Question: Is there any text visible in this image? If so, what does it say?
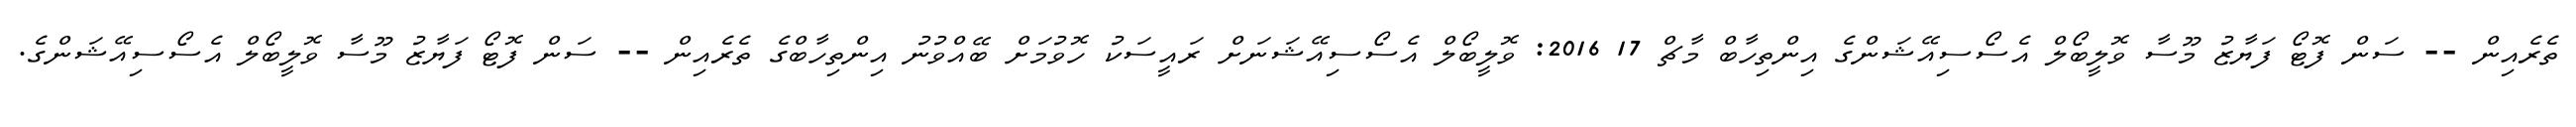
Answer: ތެރެއިން -- ސަން ފޮޓޯ ފަޔާޒު މޫސާ ވޮލީބޯލް އެސޯސިއޭޝަންގެ އިންތިހާބް މާޗް 17 2016: ވޮލީބޯލް އެސޯސިއޭޝަނަށް ރައީސަކު ހޮވުމަށް ބޭއްވުނު އިންތިހާބްގެ ތެރެއިން -- ސަން ފޮޓޯ ފަޔާޒު މޫސާ ވޮލީބޯލް އެސޯސިއޭޝަންގެ.